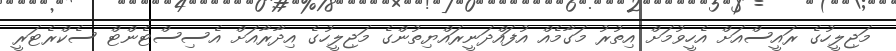
މަޖިލީހުގެ ރައީސްއަށް އެހީވުމަށް އިތުރު މަގާމެއް އުފައްދަނީރައްޔިތުންގެ މަޖިލީހުގެ އިދާރާއަށް އެސިސްޓެންޓް ސެކްރެޓަރީ